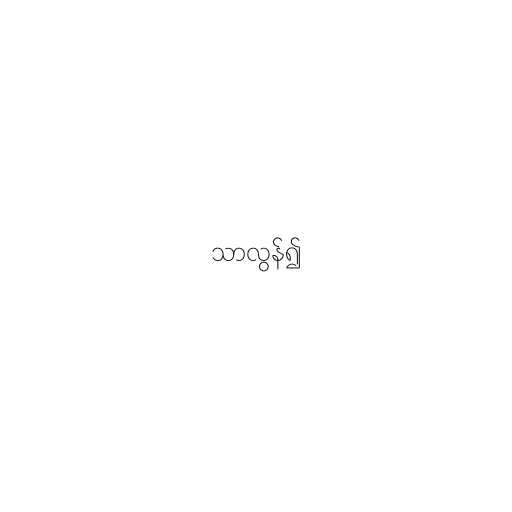
သာလွန်၍